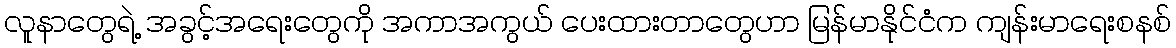
လူနာတွေရဲ့ အခွင့်အရေးတွေကို အကာအကွယ် ပေးထားတာတွေဟာ မြန်မာနိုင်ငံက ကျန်းမာရေးစနစ်